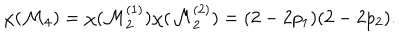
LaTeX: \chi ( { \cal M } _ { 4 } ) = \chi ( { \cal M } _ { 2 } ^ { ( 1 ) } ) \chi ( { \cal M } _ { 2 } ^ { ( 2 ) } ) = ( 2 - 2 p _ { 1 } ) ( 2 - 2 p _ { 2 } ) .